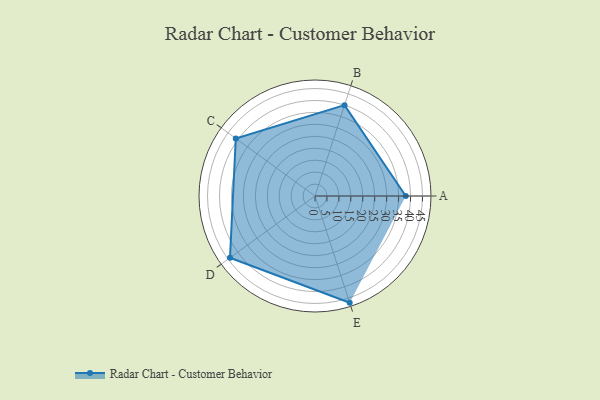
{"axis": {"x": "Skill", "y": "Score"}, "legend": ["Profile"], "data": [{"x": "A", "y": 38.0, "type": "Profile"}, {"x": "B", "y": 40.0, "type": "Profile"}, {"x": "C", "y": 41.0, "type": "Profile"}, {"x": "D", "y": 44.0, "type": "Profile"}, {"x": "E", "y": 47.0, "type": "Profile"}]}